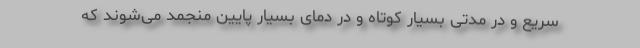
سریع و در مدتی بسیار کوتاه و در دمای بسیار پایین منجمد می‌شوند که